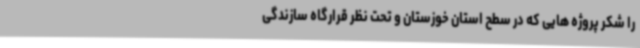
را شکر پروژه هایی که در سطح استان خوزستان و تحت نظر قرارگاه سازندگی